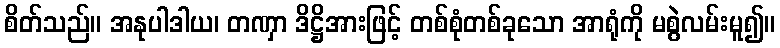
စိတ်သည်။ အနုပါဒါယ၊ တဏှာ ဒိဋ္ဌိအားဖြင့် တစ်စုံတစ်ခုသော အာရုံကို မစွဲလမ်းမူ၍။